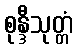
စုန္ဒီသုတ္တံ